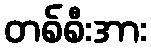
တစ်စီးအား